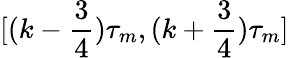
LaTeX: [(k-\frac 34)\tau_{m},(k+\frac 34)\tau_{m}]